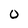
Character: 0